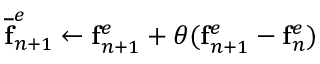
\mathbf { \overline { { f } } } _ { n + 1 } ^ { e } \leftarrow \mathbf { f } _ { n + 1 } ^ { e } + \theta ( \mathbf { f } _ { n + 1 } ^ { e } - \mathbf { f } _ { n } ^ { e } )